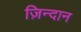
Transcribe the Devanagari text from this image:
ज़िन्दान